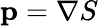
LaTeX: \mathbf{p}=\nabla S